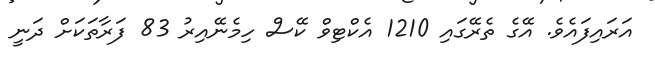
އަރައިފައެވެ. އޭގެ ތެރޭގައި 1210 އެކްޓިވް ކޭސް ހިމެނޭއިރު 83 ފަރާތަކަށް ދަނީ